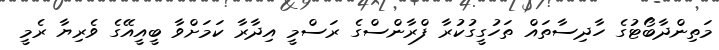
މަތިންދާބޯޓުގެ ހާދިސާތައް ތަހުގީގުކުރާ ފްރާންސްގެ ރަސްމީ އިދާރާ ކަމަށްވާ ބީއީއޭގެ ވެރިޔާ ރެމީ